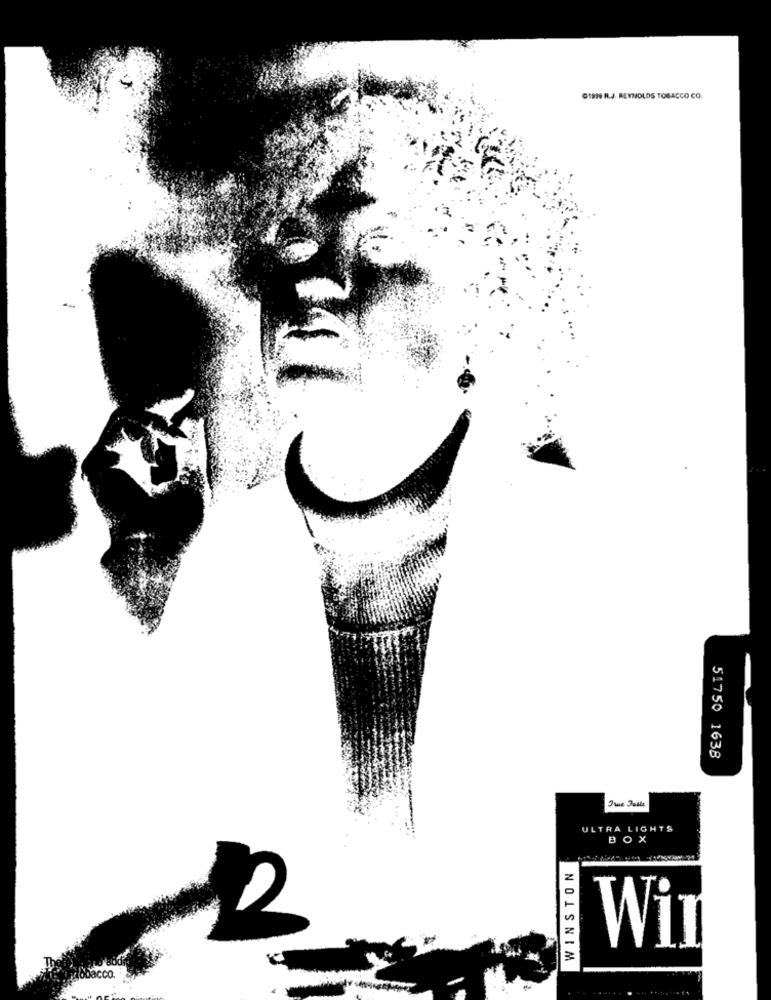
GIRNE R.J. REYNOLDS TOBACCO CO.
51750 1638
ULTRA LIGHTS
BOX
WINSTON
Wil